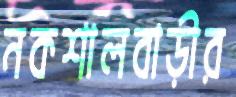
নকশালবাড়ীর